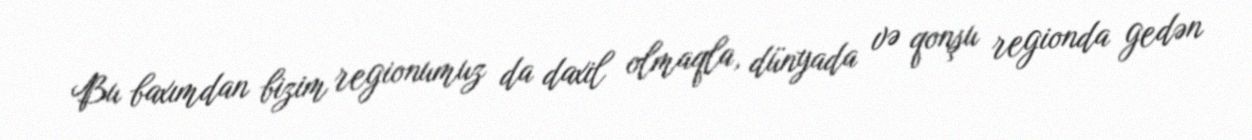
Bu baxımdan bizim regionumuz da daxil olmaqla, dünyada və qonşu regionda gedən